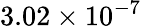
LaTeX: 3.02\times 10^{-7}